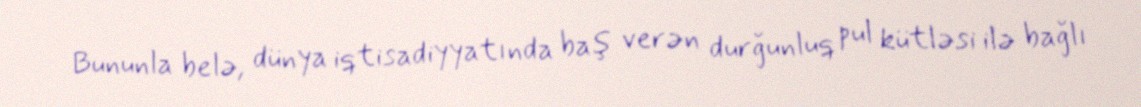
Bununla belə, dünya iqtisadiyyatında baş verən durğunluq pul kütləsi ilə bağlı